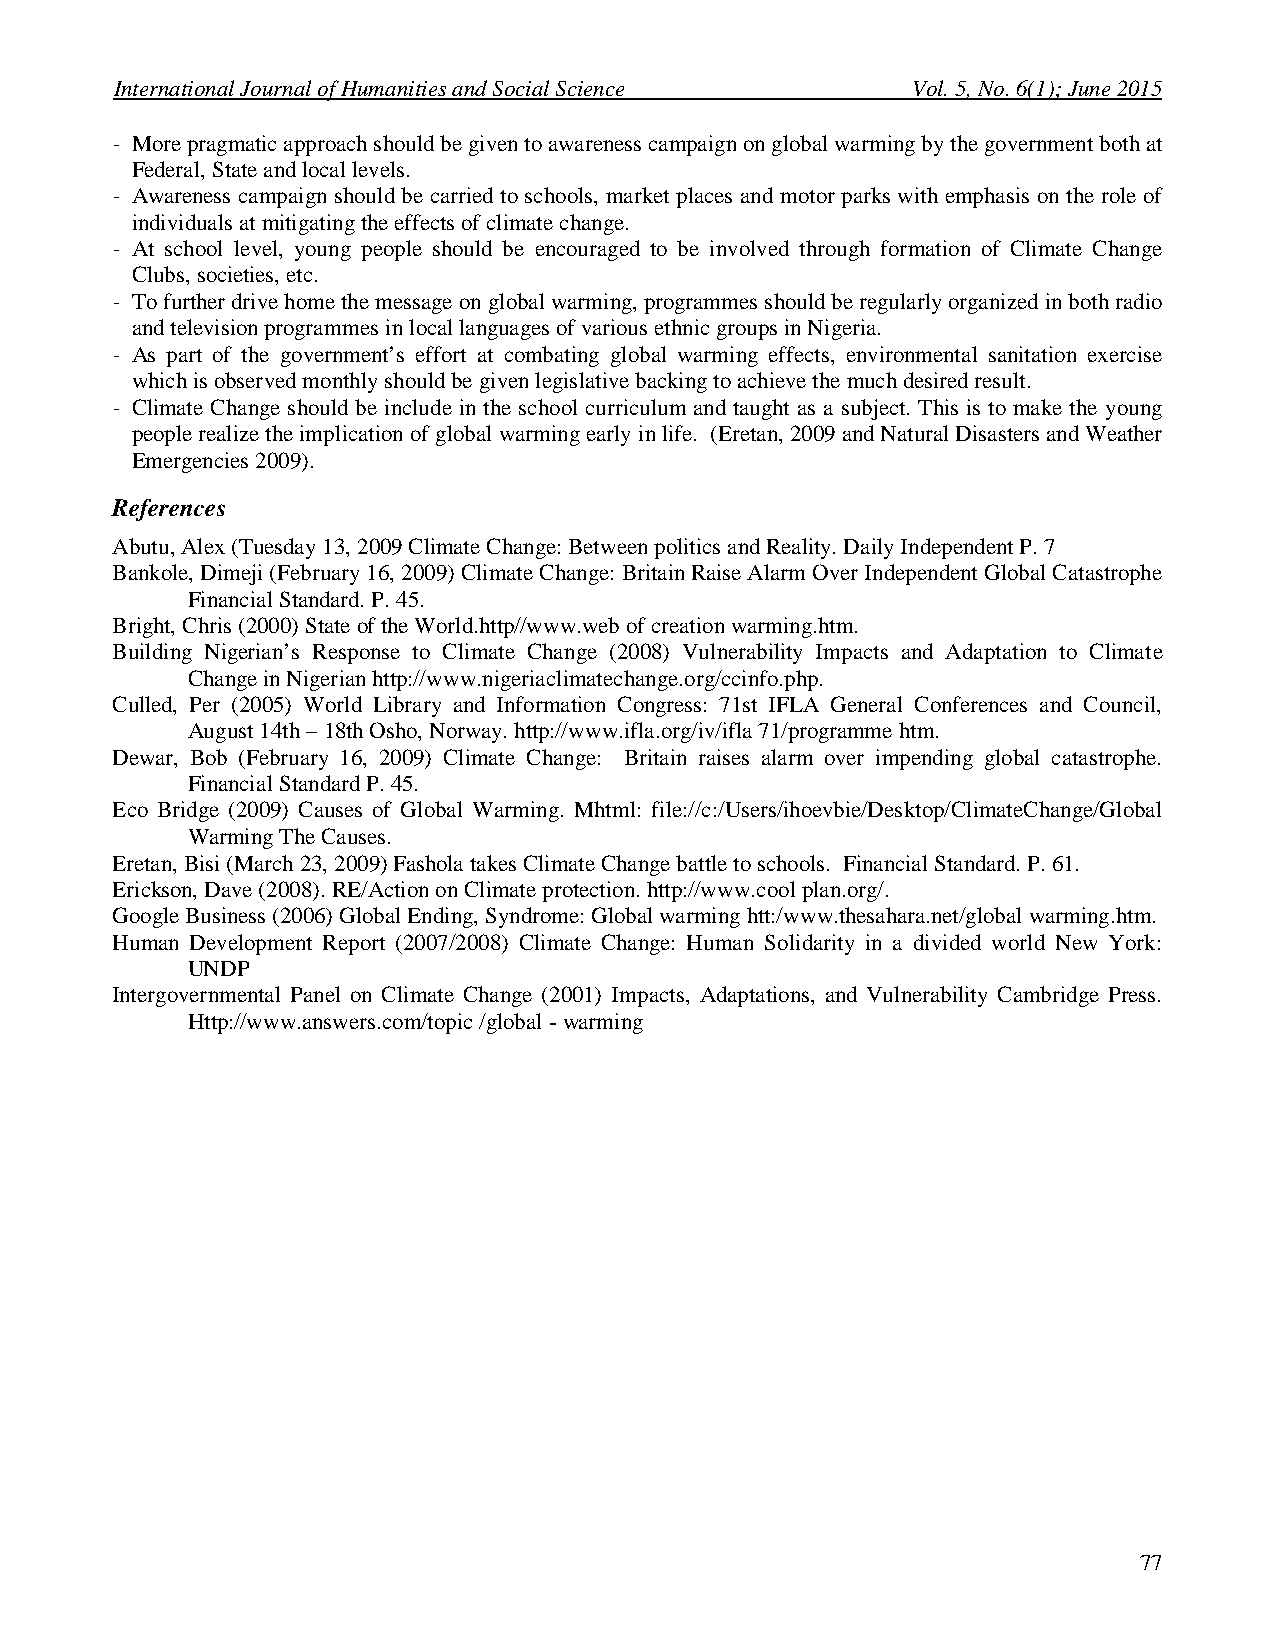
International Journal of Humanities and Social Science Vol. 5, No. 6(1); June 2015
 - More pragmatic approach should be given to awareness campaign on global warming by the government both at
 Federal, State and local levels.
 - Awareness campaign should be carried to schools, market places and motor parks with emphasis on the role of
 individuals at mitigating the effects of climate change.
 - At school level, young people should be encouraged to be involved through formation of Climate Change
 Clubs, societies, etc.
 - To further drive home the message on global warming, programmes should be regularly organized in both radio
 and television programmes in local languages of various ethnic groups in Nigeria.
 - As part of the government’s effort at combating global warming effects, environmental sanitation exercise
 which is observed monthly should be given legislative backing to achieve the much desired result.
 - Climate Change should be include in the school curriculum and taught as a subject. This is to make the young
 people realize the implication of global warming early in life. (Eretan, 2009 and Natural Disasters and Weather
 Emergencies 2009).
 References
 Abutu, Alex (Tuesday 13, 2009 Climate Change: Between politics and Reality. Daily Independent P. 7
 Bankole, Dimeji (February 16, 2009) Climate Change: Britain Raise Alarm Over Independent Global Catastrophe
 Financial Standard. P. 45.
 Bright, Chris (2000) State of the World.http//www.web of creation warming.htm.
 Building Nigerian’s Response to Climate Change (2008) Vulnerability Impacts and Adaptation to Climate
 Change in Nigerian http://www.nigeriaclimatechange.org/ccinfo.php.
 Culled, Per (2005) World Library and Information Congress: 71st IFLA General Conferences and Council,
 August 14th – 18th Osho, Norway. http://www.ifla.org/iv/ifla 71/programme htm.
 Dewar, Bob (February 16, 2009) Climate Change: Britain raises alarm over impending global catastrophe.
 Financial Standard P. 45.
 Eco Bridge (2009) Causes of Global Warming. Mhtml: file://c:/Users/ihoevbie/Desktop/ClimateChange/Global
 Warming The Causes.
 Eretan, Bisi (March 23, 2009) Fashola takes Climate Change battle to schools. Financial Standard. P. 61.
 Erickson, Dave (2008). RE/Action on Climate protection. http://www.cool plan.org/.
 Google Business (2006) Global Ending, Syndrome: Global warming htt:/www.thesahara.net/global warming.htm.
 Human Development Report (2007/2008) Climate Change: Human Solidarity in a divided world New York:
 UNDP
 Intergovernmental Panel on Climate Change (2001) Impacts, Adaptations, and Vulnerability Cambridge Press.
 Http://www.answers.com/topic /global - warming
 77